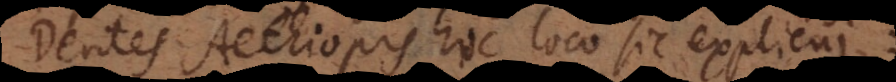
Dentes Aethiopis hoc loco sic explicui: